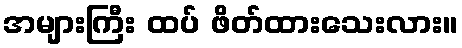
အများကြီး ထပ် ဖိတ်ထားသေးလား။